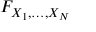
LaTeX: F _ { X _ { 1 } , \ldots , X _ { N } }